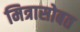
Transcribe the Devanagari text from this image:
मित्रासोबत